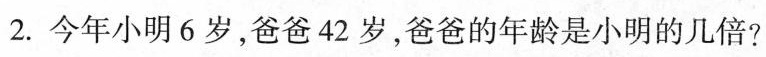
2.今年小明6岁，爸爸42岁，爸爸的年龄是小明的几倍?